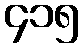
၄၁၅